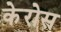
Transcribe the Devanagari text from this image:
केरोस